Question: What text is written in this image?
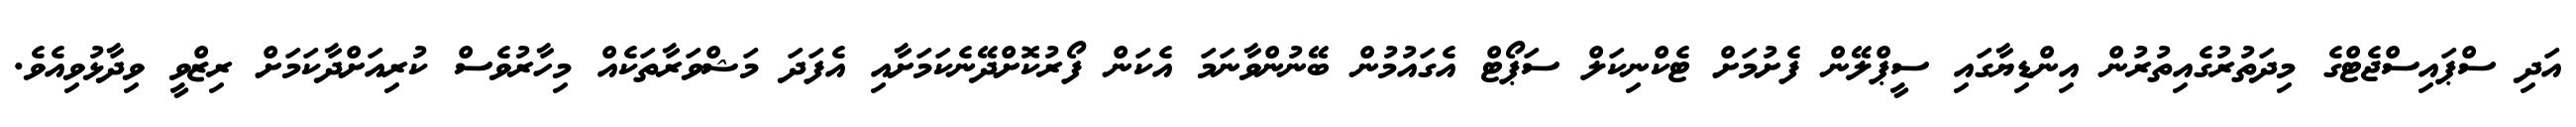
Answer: އަދި ސްޕައިސްޖެޓްގެ މިދަތުރުގެއިތުރުން އިންޑިޔާގައި ސީޕްލޭން ފެށުމަށް ޓެކްނިކަލް ސަޕޯޓް އެގައުމުން ބޭނުންވާނަމަ އެކަން ފޯރުކޮށްދޭނެކަމަށާއި އެފަދަ މަޝްވަރާތަކެއް މިހާރުވެސް ކުރިއަށްދާކަމަށް ރިޒްވީ ވިދާޅުވިއެވެ.